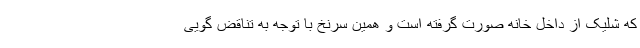
که شلیک از داخل خانه صورت گرفته است و همین سرنخ با توجه به تناقض گویی